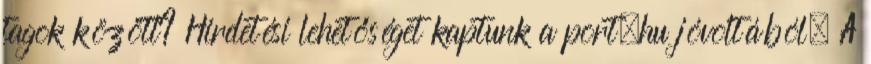
tagok között? Hirdetési lehetőséget kaptunk a port.hu jóvoltából. A